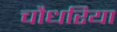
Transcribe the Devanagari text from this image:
चौधरिया